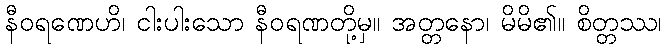
နီဝရဏေဟိ၊ ငါးပါးသော နီဝရဏတို့မှ။ အတ္တနော၊ မိမိ၏။ စိတ္တဿ၊